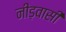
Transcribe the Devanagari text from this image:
नीड़वासी